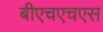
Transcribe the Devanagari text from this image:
बीएचएचएस